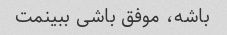
باشه، موفق باشی ببینمت